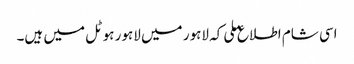
اسی شام اطلاع ملی کہ لاہور میں لاہور ہوٹل میں ہیں۔